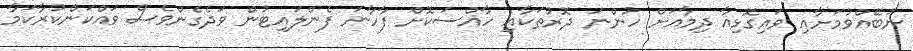
ނުބޭއްވުމަށާއި ވައިގޮޅިއާ ދިމާއަށް ހުންނަ ދޮރުތަކާއި ހާއްސަކޮށް ފާހާނަ ފެންލައިޓުން ވަދެގެންވެސް ވައްކަންކުރާކަމާ